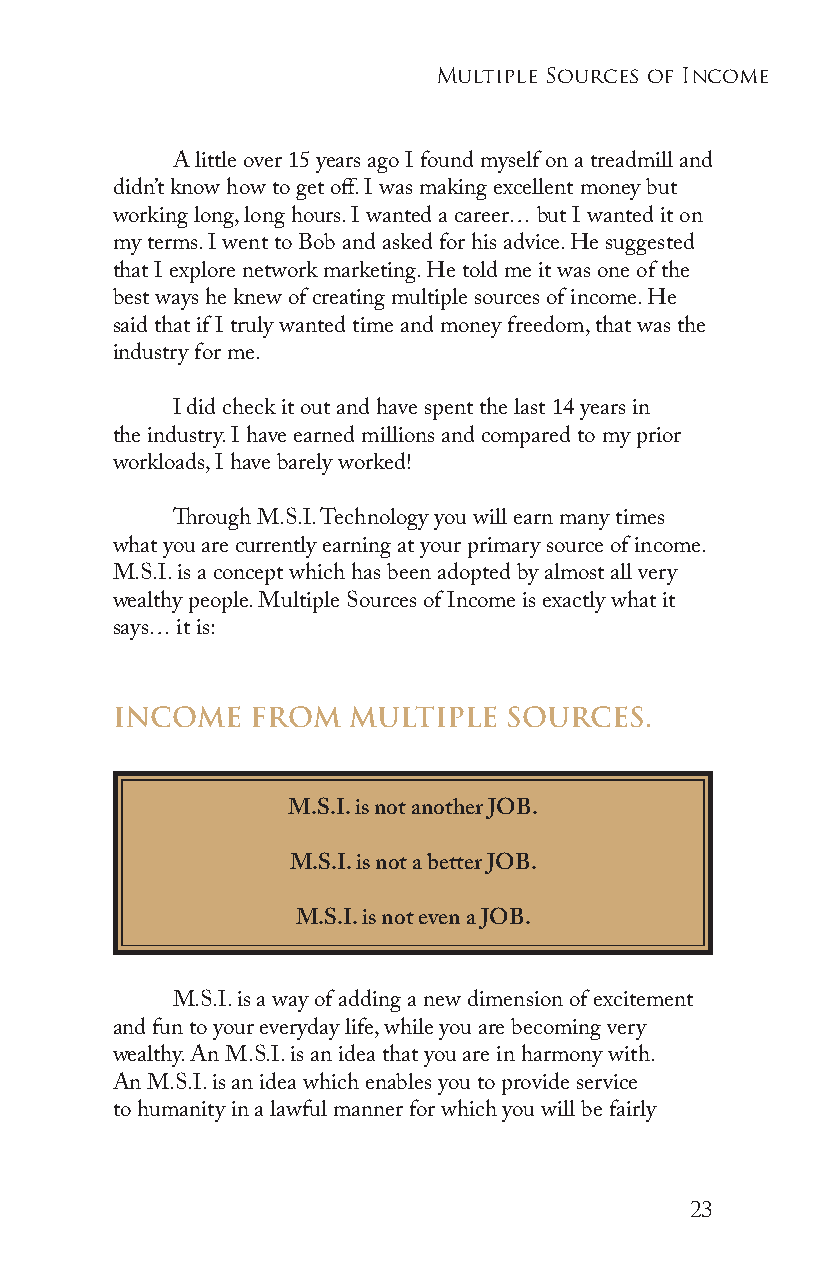
Multiple sources of income
 A little over 15 years ago I found myself on a treadmill and
 didn’t know how to get off. I was making excellent money but
 working long, long hours. I wanted a career… but I wanted it on
 my terms. I went to Bob and asked for his advice. He suggested
 that I explore network marketing. He told me it was one of the
 best ways he knew of creating multiple sources of income. He
 said that if I truly wanted time and money freedom, that was the
 industry for me.
 I did check it out and have spent the last 14 years in
 the industry. I have earned millions and compared to my prior
 workloads, I have barely worked!
 Through M.S.I. Technology you will earn many times
 what you are currently earning at your primary source of income.
 M.S.I. is a concept which has been adopted by almost all very
 wealthy people. Multiple Sources of Income is exactly what it
 says… it is:
 INCOME    FROM  MULTIPLE  SOURCES.
 M.S.I. is not another JOB.
 M.S.I. is not a better JOB.
 M.S.I. is not even a JOB.
 M.S.I. is a way of adding a new dimension of excitement
 and fun to your everyday life, while you are becoming very
 wealthy. An M.S.I. is an idea that you are in harmony with.
 An M.S.I. is an idea which enables you to provide service
 to humanity in a lawful manner for which you will be fairly
 23